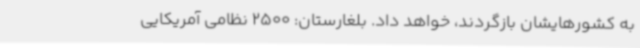
به کشورهایشان بازگردند، خواهد داد. بلغارستان: 2500 نظامی آمریکایی